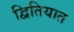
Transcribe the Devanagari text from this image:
द्वितियात